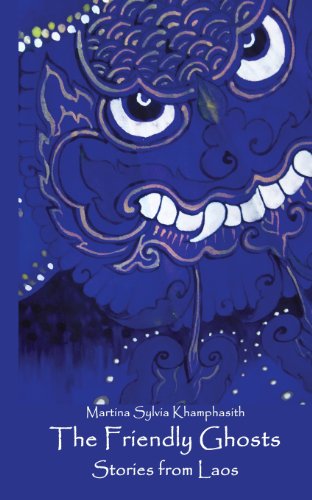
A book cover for The Friendly Ghosts: Stories from Laos; Martina Sylvia Khamphasith; Travel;